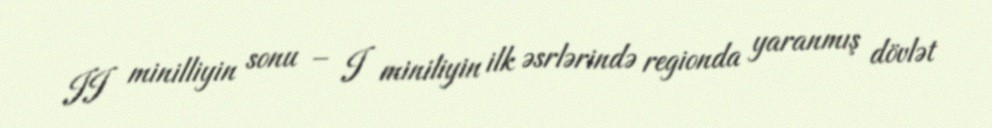
II minilliyin sonu – I miniliyin ilk əsrlərində regionda yaranmış dövlət